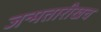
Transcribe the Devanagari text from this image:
जन्मतारीखच